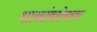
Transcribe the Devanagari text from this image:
शाखांबरोबरच